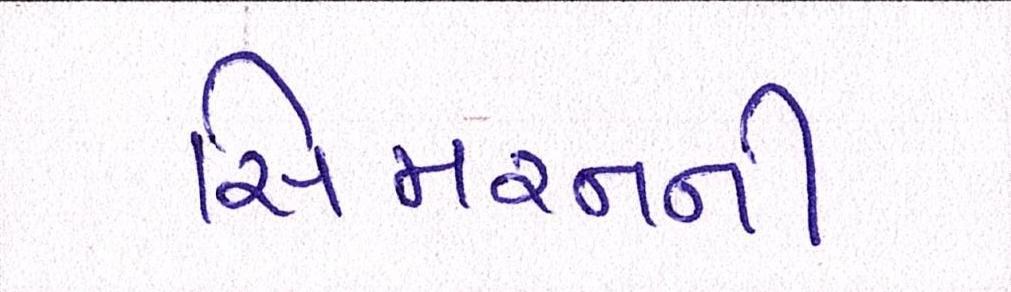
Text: સિમરનની